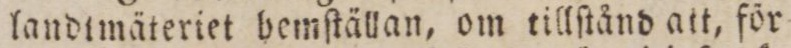
landtmäteriet bemſtällan, om tillſtånd att, för